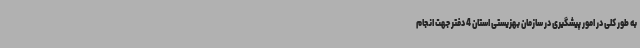
به طور کلی در امور پیشگیری در سازمان بهزیستی استان 4 دفتر جهت انجام